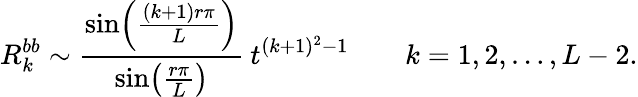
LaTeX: R_{k}^{bb}\sim\frac{\sin\! \left(\frac{(k+1)r\pi}{L}\right)}{\sin\! \left(\frac{r\pi}{L}\right)}\: t^{(k+1)^{2}-1}\qquad k=1,2,\ldots,L-2.